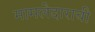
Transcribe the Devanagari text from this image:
मामलेदाराची